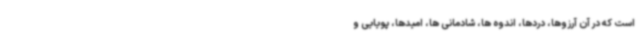
است که در آن آرزوها، دردها، اندوه ها، شادمانی ها، امیدها، پویایی و